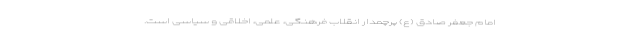
امام جعفر صادق (ع) پرچمدار انقلاب فرهنگی، علمی، اخلاقی و سیاسی است.